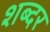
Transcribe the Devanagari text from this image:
शब्दर